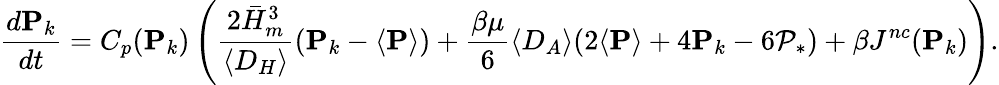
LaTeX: {\frac{d\mathbf{P}_{k}}{dt}}=C_{p}(\mathbf{P}_{k})\left({\frac{2\bar{H}_{m}^{3}}{\langle D_{H}\rangle}}(\mathbf{P}_{k}-\langle\mathbf{P}\rangle)+{\frac{\beta\mu}{6}}\langle D_{A}\rangle(2\langle\mathbf{P}\rangle+4\mathbf{P}_{k}-6\mathcal{P}_{*})+\beta J^{nc}(\mathbf{P}_{k})\right).